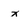
Character: x